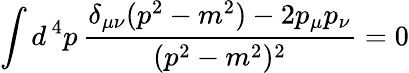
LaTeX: \int d^{\, 4}p\, {\frac{\delta_{\mu\nu}(p^{2}-m^{2})-2p_{\mu}p_{\nu}}{(p^{2}-m^{2})^{2}}}=0